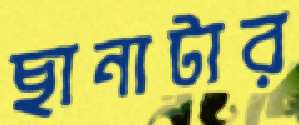
ছানাটার